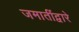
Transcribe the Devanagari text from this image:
जमातींद्वारे